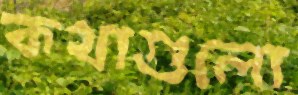
কথাগুলো